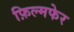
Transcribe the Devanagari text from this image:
फ़िल्मफेर